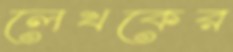
লেখকের